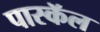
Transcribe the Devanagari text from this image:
पास्कॅल